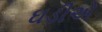
ઘડીએ